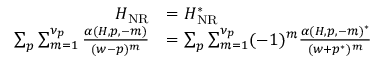
\begin{array} { r } { \begin{array} { r l } { H _ { \mathrm { N R } } } & { = H _ { \mathrm { N R } } ^ { * } } \\ { \sum _ { p } \sum _ { m = 1 } ^ { \nu _ { p } } \frac { \alpha ( H , p , - m ) } { ( w - p ) ^ { m } } } & { = \sum _ { p } \sum _ { m = 1 } ^ { \nu _ { p } } ( - 1 ) ^ { m } \frac { \alpha ( H , p , - m ) ^ { * } } { ( w + p ^ { * } ) ^ { m } } } \end{array} } \end{array}